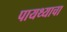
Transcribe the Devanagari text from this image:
पायथ्याचा